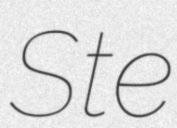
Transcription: Ste